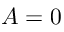
A = 0